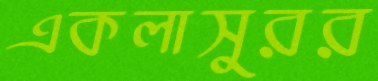
একলাসুরর